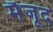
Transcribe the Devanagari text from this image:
मैजूद